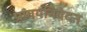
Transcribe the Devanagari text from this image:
प्रणयनिवेदन